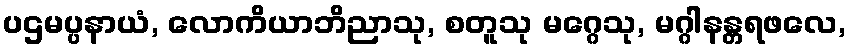
ပဌမပ္ပနာယံ, လောကိယာဘိညာသု, စတူသု မဂ္ဂေသု, မဂ္ဂါနန္တရဖလေ,